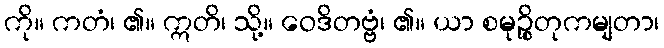
ကို။ ကတံ၊ ၏။ ဣတိ၊ သို့။ ဝေဒိတဗ္ဗံ၊ ၏။ ယာ စမုဉ္စိတုကမျတာ၊